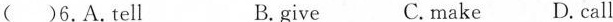
( )6.A.Tell B. give C.make D.call